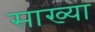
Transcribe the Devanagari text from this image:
साख्या